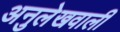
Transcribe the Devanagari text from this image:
अनुलेखवाली